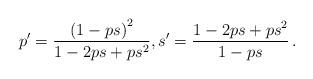
LaTeX: \begin{align*} p' = \frac{\left( 1-ps\right)^2}{1-2ps+ps^2} , s' & = \frac{1-2ps+ps^2}{1-ps} \, . \end{align*}